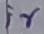
Text: ir